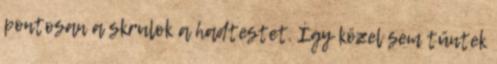
pontosan a skrulok a hadtestet. Így közel sem tűntek